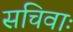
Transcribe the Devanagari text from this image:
सचिवाः